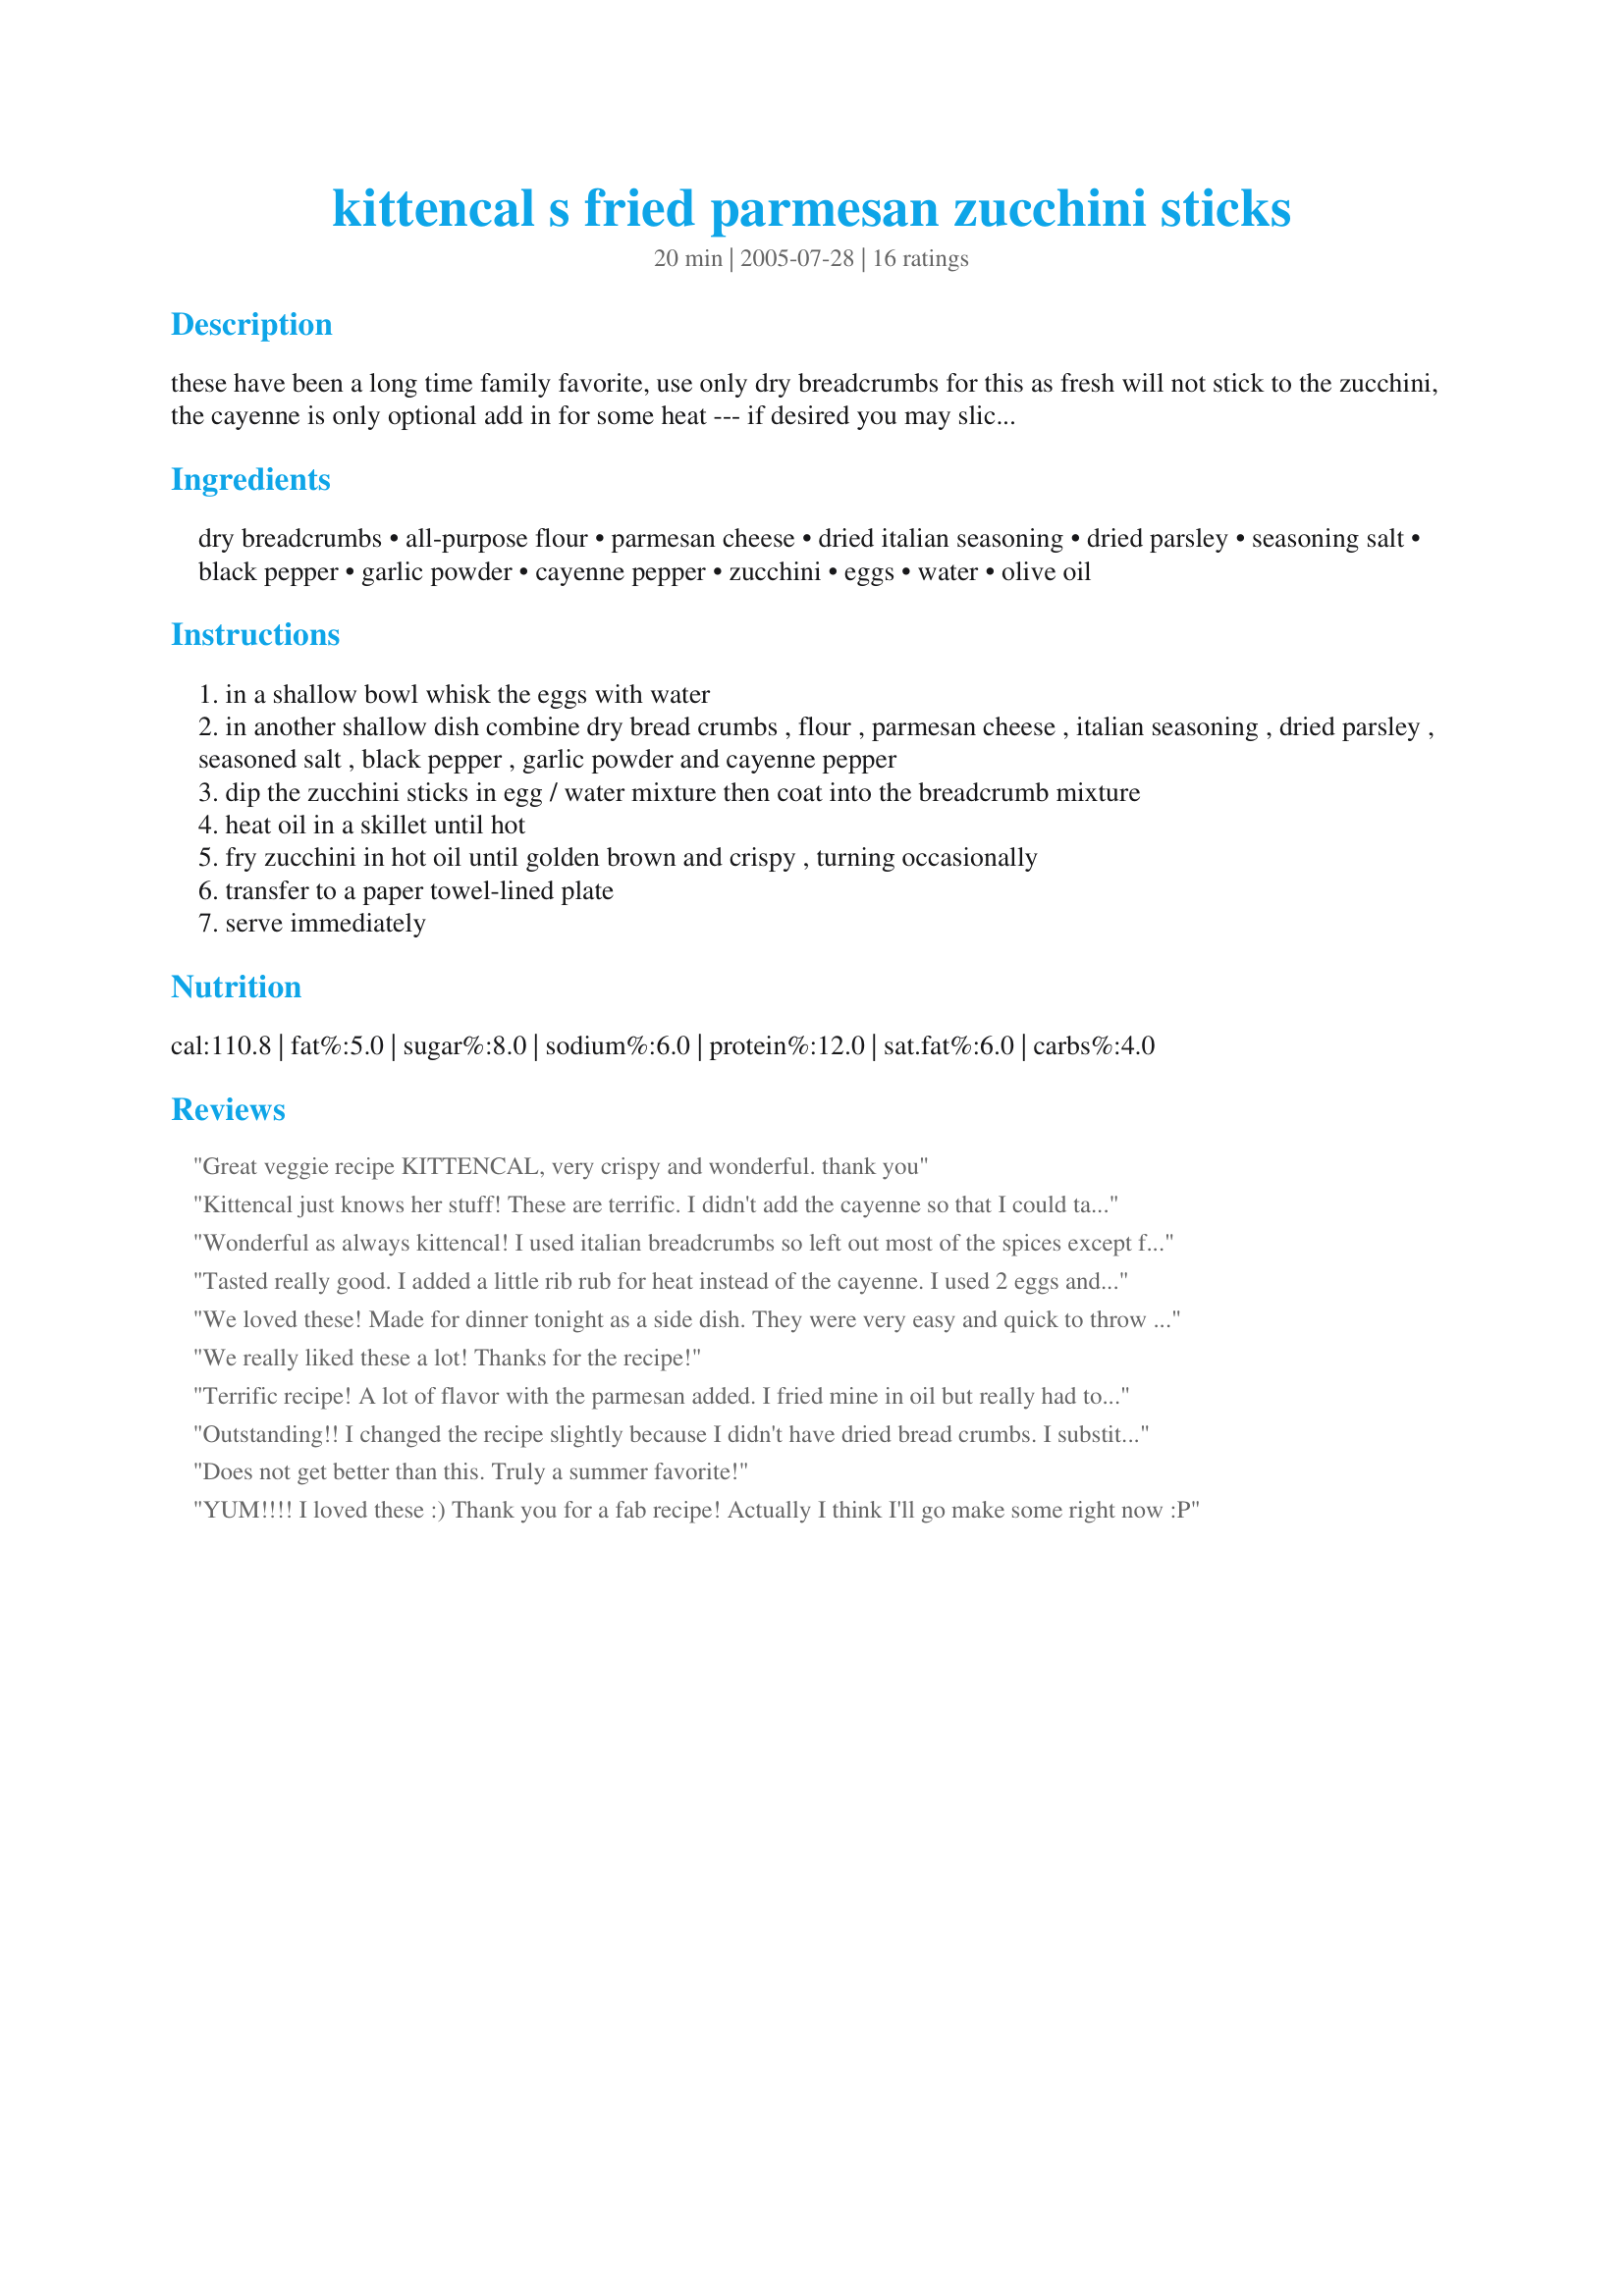
kittencal s fried parmesan zucchini sticks
Preparation time: 20 minutes

these have been a long time family favorite, use only dry breadcrumbs for this as fresh will not stick to the zucchini, the cayenne is only optional add in for some heat --- if desired you may slice the zucchini into rounds instead if sticks--- also see my recipe#244592

Ingredients:
dry breadcrumbs, all-purpose flour, parmesan cheese, dried italian seasoning, dried parsley, seasoning salt, black pepper, garlic powder, cayenne pepper, zucchini, eggs, water, olive oil

Steps:
in a shallow bowl whisk the eggs with water
in another shallow dish combine dry bread crumbs , flour , parmesan cheese , italian seasoning , dried parsley , seasoned salt , black pepper , garlic powder and cayenne pepper
dip the zucchini sticks in egg / water mixture then coat into the breadcrumb mixture
heat oil in a skillet until hot
fry zucchini in hot oil until golden brown and crispy , turning occasionally
transfer to a paper towel-lined plate
serve immediately

Reviews:
Great veggie recipe KITTENCAL, very crispy and wonderful. thank you
Kittencal just knows her stuff! These are terrific. I didn't add the cayenne so that I could taste the other flavors, and I used good ol' ranch dressing for dipping.
Thanks for yet another great recipe.
NiftyDeb
Wonderful as always kittencal! I used italian breadcrumbs so left out most of the spices except for the garlic powder. Loved the mixture of the flour with the breadcrumbs, made for a great batter texture. Only change I would make is more salt, but that's about just personal preference. Will definitely do again, thanks!
Tasted really good. I added a little rib rub for heat instead of the cayenne. I used 2 eggs and didn't add any water. I also dipped the zucchini in the breading first, then in the egg wash, and then back in the breading. I would recommend making up a little more breading if you do this. They cooked up really nice and pretty fast. I dipped mine in ranch dressing. Great way to use up my extra zucchini.
We loved these! Made for dinner tonight as a side dish. They were very easy and quick to throw together. I used Italian seasoned breadcrumbs, so I omitted the Italian seasoning and some of the garlic powder. I also left out the seasoning salt to cut down on sodium. Ended up cutting the zucchini into rounds. I was very impressed with how they turned out - especially since my husband (who's not so much into any veggies beyond french fries ;-)) said they were good and he'd gladly eat them anytime. Thanks for the awesome recipe!!!!
We really liked these a lot! Thanks for the recipe!
Terrific recipe! A lot of flavor with the parmesan added. I fried mine in oil but really had to watch them carefully not to burn (it goes fast!). I would recommend making these at the very last minute before you eat so they are nice and crisp and hot. We had ours with your <a href="/122838">Grilled Turkey Burgers</a>. A yummy dinner! Pam
Outstanding!! I changed the recipe slightly because I didn't have dried bread crumbs. I substituted corn meal and they were wonderfully crispy and flavorful. We have made these a couple times already and my kids absolutely love them. I also sprinkled lemon pepper on mine when they were done frying.
Does not get better than this. Truly a summer favorite!
YUM!!!! I loved these :) Thank you for a fab recipe! Actually I think I'll go make some right now :P
MMMMMMM! I served this for guests and we ran out because everyone devoured them...even our kids! They are soooooo good!
These were amazing! I love zucchini but every other recipe I tried, I was tasting the breading and not the zucchini. I didn't have the garlic powder but they still turned out perfect. Best of all my 3 year old LOVED them!
I had fried zucchini for the first time last week in a restaurant. I wanted to try making it at home and mmmmmm these are awesome! I halved the recipe since we only had one zucchini, but I wish we'd had another!
These are yummy, but a bit messy to make. I just don't have the hang of dipping and frying things yet. I will be making these again.
Ooops...I made these last summer and forgot to rate. We LOVE these! I used Panko Japanese bread crumbs, so very crispy and delicious.
Thanks for posting!
I made these this past week and they were very yummy! A great way to use up the zucchini in my garden. I just sliced them so I had rounds and panfried. Extremely easy and tasty! I used seasoned bread crumbs and dipped them in ranch dressing. I know these will be made again.
